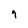
Character: 9